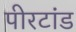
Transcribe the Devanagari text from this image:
पीरटांड